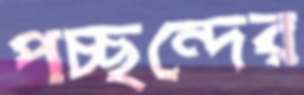
পচ্ছন্দের